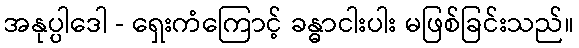
အနုပ္ပါဒေါ - ရှေးကံကြောင့် ခန္ဓာငါးပါး မဖြစ်ခြင်းသည်။